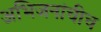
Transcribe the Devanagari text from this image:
अभिजनांचीच